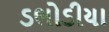
ડભોડીયા